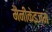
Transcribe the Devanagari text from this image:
मैनीकेइज़्म